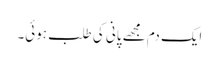
ایک دم مجھے پانی کی طلب ہوئی۔